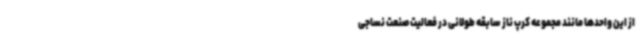
از این واحدها مانند مجموعه کرپ ناز سابقه طولانی در فعالیت صنعت نساجی